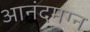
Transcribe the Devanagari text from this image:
आनंदमग्न